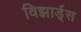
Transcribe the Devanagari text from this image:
विझार्ड्‌स